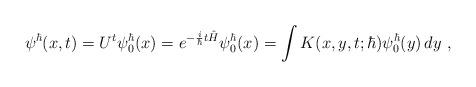
LaTeX: \begin{align*}\psi^\hbar(x,t)= U^t\psi^\hbar_0(x)=e^{-\frac{i}{\hbar}t\hat H}\psi^\hbar_0(x)=\int K(x,y,t;\hbar)\psi^\hbar_0(y)\,dy \ ,\end{align*}